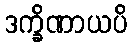
ဒက္ခိဏာယပိ